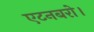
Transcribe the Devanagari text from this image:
एटनबरो।